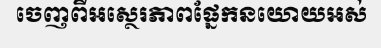
ចេញពីអស្ថេរភាពផ្នែកនយោយអស់